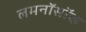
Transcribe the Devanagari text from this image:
लमनॉसॉव्ह